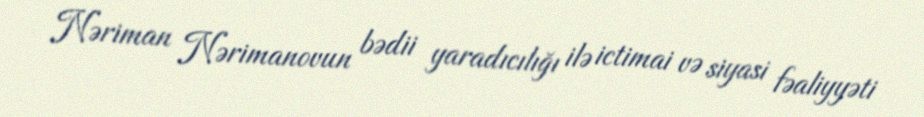
Nəriman Nərimanovun bədii yaradıcılığı ilə ictimai və siyasi fəaliyyəti